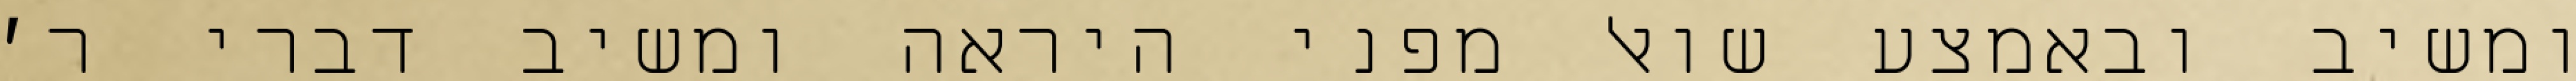
ומשיב ובאמצע שואל מפני היראה ומשיב דברי ר׳